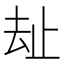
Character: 𱑤